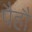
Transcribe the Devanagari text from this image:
पैहौं